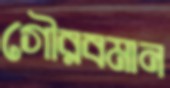
গৌরবমান